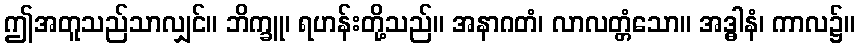
ဤအတူသည်သာလျှင်။ ဘိက္ခူ၊ ရဟန်းတို့သည်။ အနာဂတံ၊ လာလတ္တံသော။ အဒ္ဓါနံ၊ ကာလ၌။